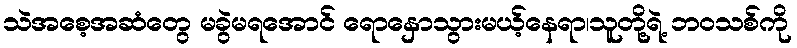
သဲအစေ့အဆံတွေ မခွဲမရအောင် ရောနှောသွားမယ့်နေရာ၊သူတို့ရဲ့ ဘဝသစ်ကို